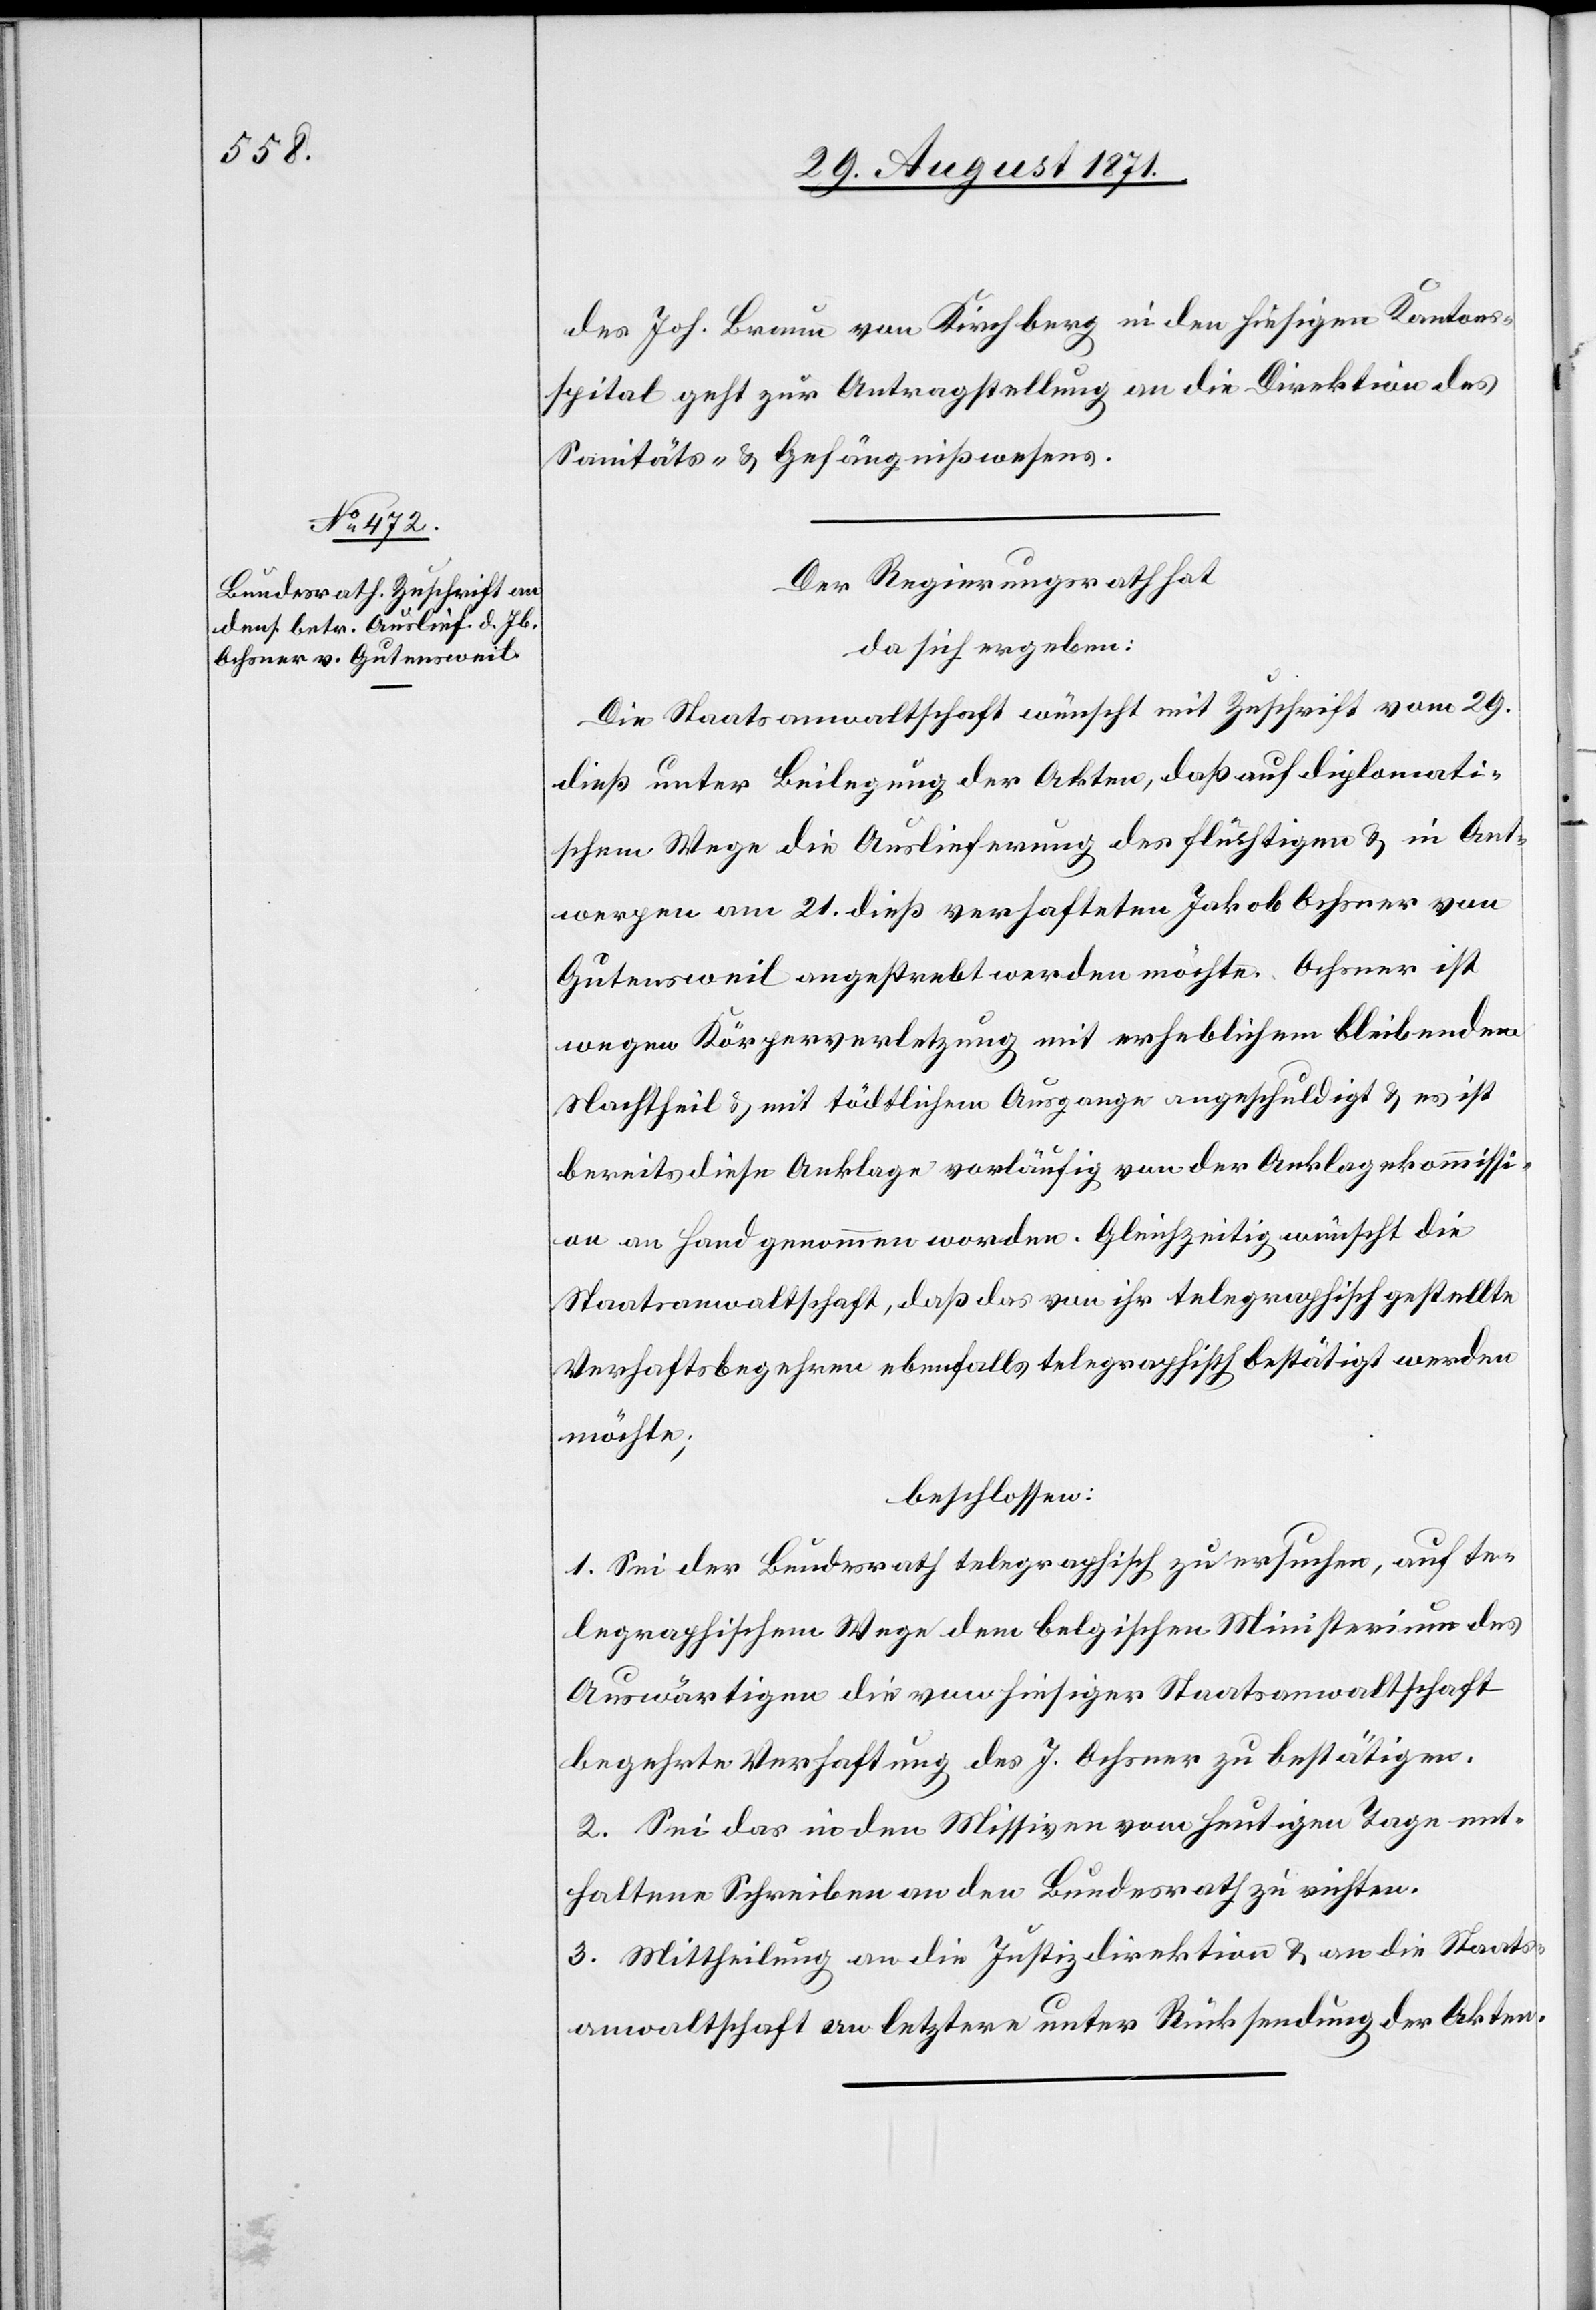
30. August 1871.]
des Joh. Brauer von Kirchberg in den hiesigen Kantons¬
spital geht zur Antragstellung an die Direktion des
Sanitäts- & Gefängnißwesens.
Der Regierungsrath hat
da sich ergeben:
Die Staatsanwaltschaft wünscht mit Zuschrift vom 29.
dieß unter Beilegung der Akten, daß auf diplomati¬
schem Wege die Auslieferung des flüchtigen & in Ant¬
werpen am 21. dieß verhafteten Jakob Ochsner von
Gutensweil angestrebt werden möchte. Ochsner ist
wegen Körperverletzung mit erheblichem bleibenden
Nachtheil & mit tödtlichem Ausgange angeschuldigt & es ist
bereits diese Anklage vorläufig von der Anklagekommissi¬
on an Hand genommen worden. Gleichzeitig wünscht die
Staatsanwaltschaft, daß das gegen ihn telegraphisch gestellte
Verhaftsbegehren ebenfalls telegraphisch bestätigt werden
möchte;
beschlossen:
1. Sei der Bundesrath telegraphisch zu ersuchen, auf te¬
legraphischem Wege dem belgischen Ministerium des
Auswärtigen die von hiesiger Staatsanwaltschaft
begehrte Verhaftung des J. Ochsner zu bestätigen.
2. Sei das in den Missiven vom heutigen Tage ent¬
haltene Schreiben an den Bundesrath zu richten.
3. Mittheilung an die Justizdirektion & an die Staats¬
anwaltschaft an letztere unter Rücksendung der Akten.